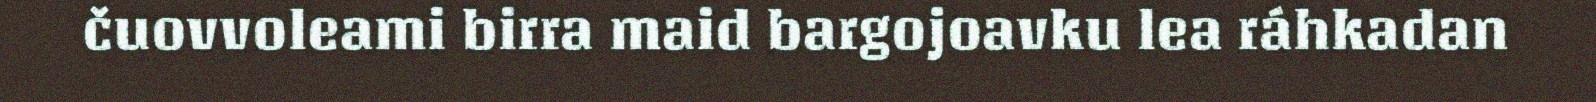
čuovvoleami birra maid bargojoavku lea ráhkadan